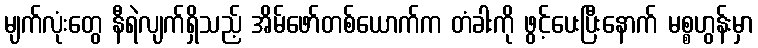
မျက်လုံးတွေ နီရဲလျက်ရှိသည့် အိမ်ဖော်တစ်ယောက်က တံခါးကို ဖွင့်ပေးပြီးနောက် မစ္စဟွန်းမှာ